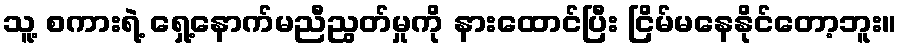
သူ့ စကားရဲ့ ရှေ့နောက်မညီညွတ်မှုကို နားထောင်ပြီး ငြိမ်မနေနိုင်တော့ဘူး။